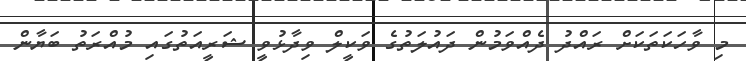
މި ވާހަކަތަކަށް ރައްދު ދެއްވަމުން ދައުލަތުގެ ވަކީލް ވިދާޅުވީ ޝަރީއަތުގައި މުއްރަތު ބަޔާން